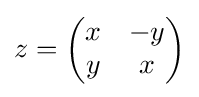
z={\begin{pmatrix}x&-y\\y&x\end{pmatrix}}